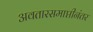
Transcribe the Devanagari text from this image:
अवतारसमाप्तीनंतर